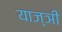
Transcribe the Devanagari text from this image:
याज्ञी